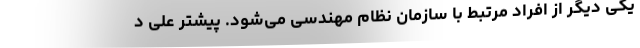
یکی دیگر از افراد مرتبط با سازمان نظام مهندسی می‌شود. پیشتر علی د